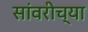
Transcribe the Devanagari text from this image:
सांवरीच्या